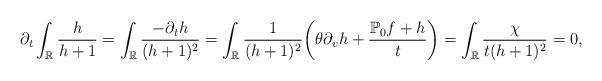
LaTeX: \begin{align*}\partial_t\int_{\mathbb{R}}\frac{h}{h+1}=\int_{\mathbb{R}}\frac{-\partial_th}{(h+1)^2}=\int_{\mathbb{R}}\frac{1}{(h+1)^2}\bigg(\theta\partial_vh+\frac{\mathbb{P}_0f+h}{t}\bigg)=\int_{\mathbb{R}}\frac{\chi}{t(h+1)^2}=0,\end{align*}